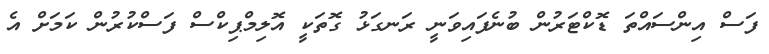
ފަސް އިންސައްތަ ޑޮކްޓަރުން ބުނެފައިވަނީ ރަނގަޅު ގޮތަކީ އޮލިމްޕިކްސް ފަސްކުރުން ކަމަށް އެ